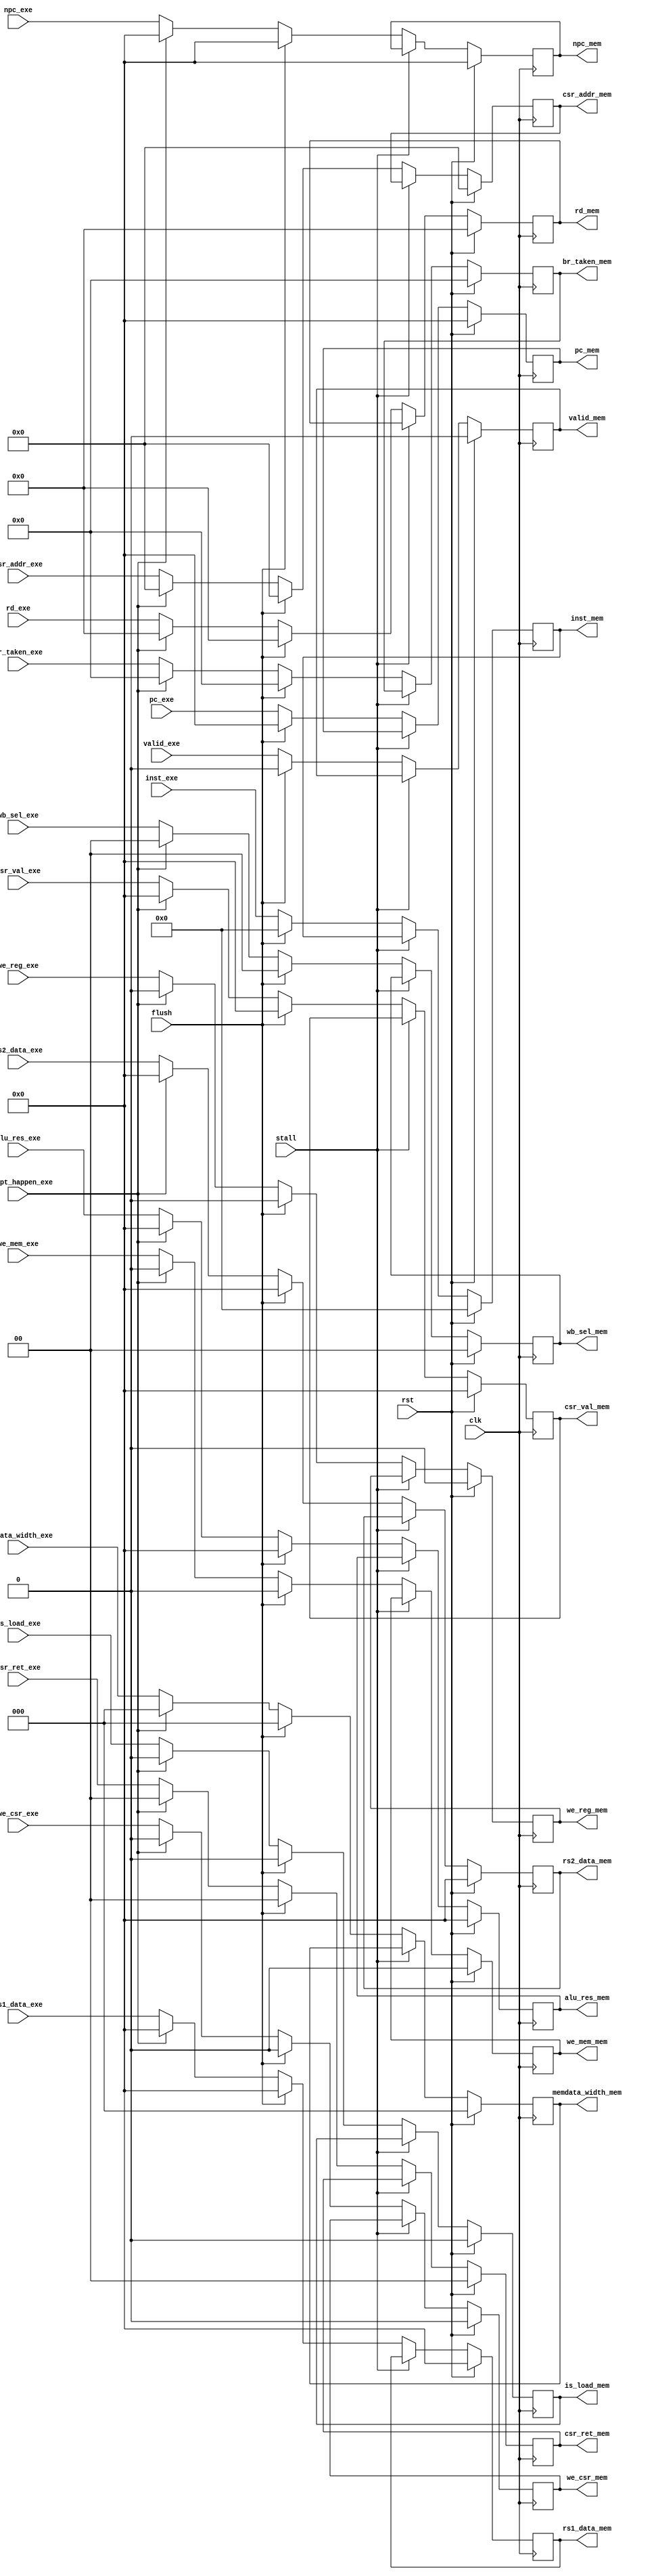
`timescale 1ns/1ps

module EXE_MEM_Reg(
    input clk,
    input rst,
    input flush,
    input stall,
    input valid_exe,
    input except_happen_exe,
    output reg valid_mem,
//
    input [63:0]pc_exe,
    input [63:0]npc_exe,
    input [31:0]inst_exe,
    output reg [63:0]pc_mem,   
    output reg [63:0]npc_mem,
    output reg [31:0]inst_mem,
//
    input is_load_exe,
    input we_reg_exe,
    input we_mem_exe,
    input we_csr_exe,
    input [1:0]wb_sel_exe,
    input [1:0]csr_ret_exe,
    input [2:0]memdata_width_exe,
    input [3:0]br_taken_exe,
    output reg is_load_mem,
    output reg we_reg_mem,
    output reg we_mem_mem,
    output reg we_csr_mem,
    output reg [1:0]wb_sel_mem,
    output reg [1:0]csr_ret_mem,
    output reg [2:0]memdata_width_mem,
    output reg [3:0]br_taken_mem,
//
    input [4:0]rd_exe,
    input [11:0]csr_addr_exe,
    input [63:0]csr_val_exe,
    input [63:0]alu_res_exe,
    input [63:0]rs1_data_exe,
    input [63:0]rs2_data_exe,
    output reg [11:0]csr_addr_mem,
    output reg [63:0]csr_val_mem,
    output reg [4:0]rd_mem,
    output reg [63:0]alu_res_mem,
    output reg [63:0]rs1_data_mem,
    output reg [63:0]rs2_data_mem
);

    always @(posedge clk) begin
        if (rst) begin  //
            pc_mem <= 0;
            npc_mem <= 0;
            inst_mem <= 0;
            valid_mem <= 0;

            is_load_mem <= 0;
            we_reg_mem <= 0;
            we_mem_mem <= 0;
            we_csr_mem <= 0;
            csr_ret_mem <= 0;
            wb_sel_mem <= 0;
            memdata_width_mem <= 0;
            br_taken_mem <= 0;

            rd_mem <= 0;
            csr_addr_mem <= 0;
            csr_val_mem <= 0;
            alu_res_mem <= 0;
            rs1_data_mem <= 0;
            rs2_data_mem <= 0; 
        end
        else if(~stall)begin      //
            if (flush) begin
                pc_mem <= 0;
                npc_mem <= 0;
                inst_mem <= 0;
                valid_mem <= 0;

                is_load_mem <= 0;
                we_reg_mem <= 0;
                we_mem_mem <= 0;
                we_csr_mem <= 0;
                csr_ret_mem <= 0;
                wb_sel_mem <= 0;
                memdata_width_mem <= 0;
                br_taken_mem <= 0;

                rd_mem <= 0;
                csr_addr_mem <= 0;
                csr_val_mem <= 0;
                alu_res_mem <= 0;
                rs1_data_mem <= 0;
                rs2_data_mem <= 0;               
            end
            else if(except_happen_exe)begin
                pc_mem <= pc_exe;
                npc_mem <= 0;
                inst_mem <= inst_exe;
                valid_mem <= valid_exe;

                is_load_mem <= 0;
                we_reg_mem <= 0;
                we_mem_mem <= 0;
                we_csr_mem <= 0;
                csr_ret_mem <= 0;
                wb_sel_mem <= 0;
                memdata_width_mem <= 0;
                br_taken_mem <= 0;

                rd_mem <= 0;
                csr_addr_mem <= 0;
                csr_val_mem <= 0;
                alu_res_mem <= 0;
                rs1_data_mem <= 0;
                rs2_data_mem <= 0;
            end
            else begin
                pc_mem <= pc_exe;
                npc_mem <= npc_exe;
                inst_mem <= inst_exe;
                valid_mem <= valid_exe;

                is_load_mem <= is_load_exe;
                we_reg_mem <= we_reg_exe;
                we_mem_mem <= we_mem_exe;
                we_csr_mem <= we_csr_exe;
                csr_ret_mem <= csr_ret_exe;
                wb_sel_mem <= wb_sel_exe;
                memdata_width_mem <= memdata_width_exe;
                br_taken_mem <= br_taken_exe;
                
                rd_mem <= rd_exe;
                csr_addr_mem <= csr_addr_exe;
                csr_val_mem <= csr_val_exe;
                alu_res_mem <= alu_res_exe;
                rs1_data_mem <= rs1_data_exe;
                rs2_data_mem <= rs2_data_exe;
            end
        end
        else begin
            pc_mem <= pc_mem;
            npc_mem <= npc_mem;
            inst_mem <= inst_mem;
            valid_mem <= valid_mem;

            is_load_mem <= is_load_mem;
            we_reg_mem <= we_reg_mem;
            we_mem_mem <= we_mem_mem;
            we_csr_mem <= we_csr_mem;
            csr_ret_mem <= csr_ret_mem;
            wb_sel_mem <= wb_sel_mem;
            memdata_width_mem <= memdata_width_mem;
            br_taken_mem <= br_taken_mem;

            rd_mem <= rd_mem;
            csr_addr_mem <= csr_addr_mem;
            csr_val_mem <= csr_val_mem;
            alu_res_mem <= alu_res_mem;
            rs1_data_mem <= rs1_data_mem;
            rs2_data_mem <= rs2_data_mem; 
        end
    end

endmodule